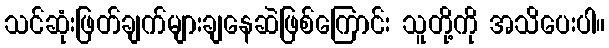
သင်ဆုံးဖြတ်ချက်များချနေဆဲဖြစ်ကြောင်း သူတို့ကို အသိပေးပါ။